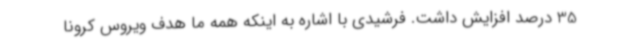
35 درصد افزایش داشت. فرشیدی با اشاره به اینکه همه ما هدف ویروس کرونا